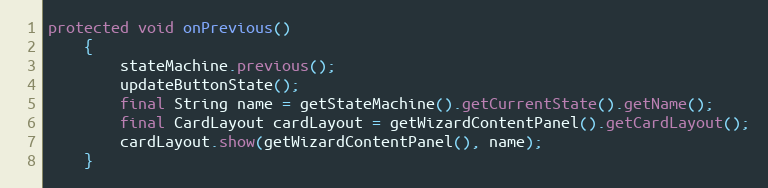
Language: Java
protected void onPrevious()
	{
		stateMachine.previous();
		updateButtonState();
		final String name = getStateMachine().getCurrentState().getName();
		final CardLayout cardLayout = getWizardContentPanel().getCardLayout();
		cardLayout.show(getWizardContentPanel(), name);
	}